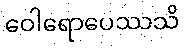
ဝေါရောပေဿသိ